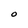
Character: O